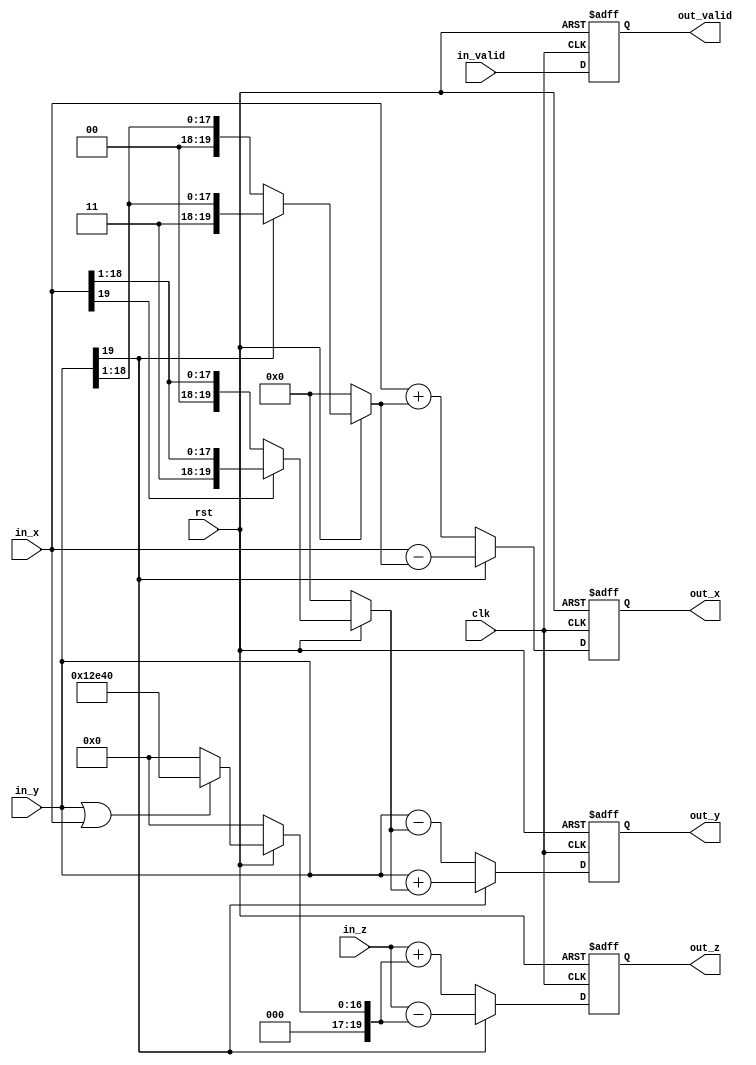
`timescale 1ns / 1ps
//////////////////////////////////////////////////////////////////////////////////
// Company: 
// Engineer: 
// 
// Design Name: 
// Module Name: Cordic_ir_unit
// Project Name: 
// Target Devices: 
// Tool Versions: 
// Description: 
// 
// Dependencies: 
// 
// Revision:
// Revision 0.01 - File Created
// Additional Comments:
// 
//////////////////////////////////////////////////////////////////////////////////


module Cordic_ir_unit(
    rst, clk,
    in_x, in_y, in_z,
    in_valid,
    out_x, out_y, out_z,
    out_valid
    );
    parameter PIPELINE = 15,//Number of iterations
                         PIPENOW=1,
                         NORM = 20,
                         DW = 16,//normalized bit width
                         SUB = NORM - DW;//NORM-16
   input clk, rst;
   input signed [NORM-1:0] in_z;
   input signed [NORM-1:0] in_x, in_y;
   input in_valid;
   output reg signed [NORM-1:0] out_x, out_y, out_z;
   output reg out_valid;
   reg signed [NORM-1:0] disp_x, disp_y, disp_z;
   
   always @(*)
 	   if(!rst)
 	   	    disp_x = {NORM{1'b0}};
 	   else if(in_x[NORM-1])
 	   	    disp_x = {{PIPENOW{1'b1}},in_x[NORM-1:PIPENOW]};
 	   else
 	   	    disp_x = {{PIPENOW{1'b0}},in_x[NORM-1:PIPENOW]};
   always @(*)
 	   if(!rst)
 	   	    disp_y = {NORM{1'b0}};
 	   else if(in_y[NORM-1])
 	   	    disp_y = {{PIPENOW{1'b1}},in_y[NORM-1:PIPENOW]};
 	   else
 	   	    disp_y = {{PIPENOW{1'b0}},in_y[NORM-1:PIPENOW]};
   always @(*)
 	   if(!rst)
 	   	    disp_z = {NORM{1'b0}};
 	   else if(in_y||in_x)
 	   	    disp_z = z_atan(PIPENOW);
 	   else
 	   	    disp_z = {NORM{1'b0}};
 	   	     	   	     	   	    
   function [NORM-1:0] z_atan;
   input [3:0] i;
   begin
      case(i)
      0: z_atan=20'h20000;
      1: z_atan=20'h12e40;
      2: z_atan=20'h9fb4;
      3: z_atan=20'h5111;
      4: z_atan=20'h28b1;
      5: z_atan=20'h145d;
      6: z_atan=20'ha2f;
      7: z_atan=20'h518;
      8: z_atan=20'h28c;
      9: z_atan=20'h146;
      10: z_atan=20'ha3;
      11: z_atan=20'h51;
      12: z_atan=20'h29;
      13: z_atan=20'h14;
      14: z_atan=20'ha;
      15: z_atan=20'h5;
      16: z_atan=20'h3;
      17: z_atan=20'h1;
      default:z_atan=0;
      endcase
   end
   endfunction
 
 always @(posedge clk or negedge rst)
    if(!rst)
         begin
         out_x<={NORM{1'b0}};
         out_y<={NORM{1'b0}};
         out_z<={NORM{1'b0}};
         out_valid<=1'b0;
         end
     else if(in_y[NORM-1])
         begin
         out_x<=(in_x-disp_y);
         out_y<=(in_y+disp_x);
         out_z<=(in_z-disp_z);
         out_valid<=in_valid;
         end
     else
         begin
         out_x<=(in_x+disp_y);
         out_y<=(in_y-disp_x);
         out_z<=(in_z+disp_z);
         out_valid<=in_valid;
         end     
      
endmodule